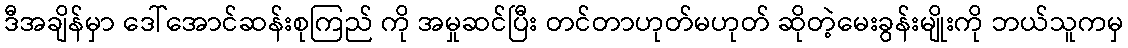
ဒီအချိန်မှာ ဒေါ်အောင်ဆန်းစုကြည် ကို အမှုဆင်ပြီး တင်တာဟုတ်မဟုတ် ဆိုတဲ့မေးခွန်းမျိုးကို ဘယ်သူကမှ